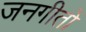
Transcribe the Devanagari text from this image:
जनगीतों